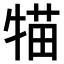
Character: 𤚐